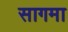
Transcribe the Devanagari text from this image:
सागमा